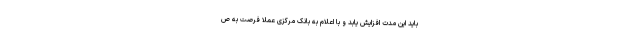
باید این مدت افزایش یابد و با اعلام به بانک مرکزی عملاً فرصت به ص